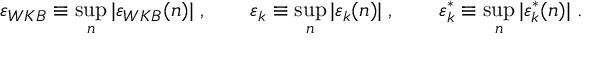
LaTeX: \varepsilon _ { W K B } \equiv \operatorname * { s u p } _ { n } | \varepsilon _ { W K B } ( n ) | \; , \qquad \varepsilon _ { k } \equiv \operatorname * { s u p } _ { n } | \varepsilon _ { k } ( n ) | \; , \qquad \varepsilon _ { k } ^ { * } \equiv \operatorname * { s u p } _ { n } | \varepsilon _ { k } ^ { * } ( n ) | \; .